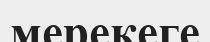
мерекеге